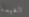
الغيمة